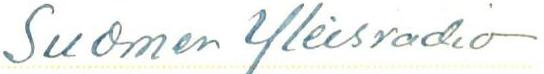
Suomen Yleisradio